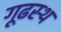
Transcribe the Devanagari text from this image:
गूढस्थ